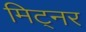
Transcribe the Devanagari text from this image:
मिट्नर